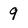
Character: 9